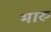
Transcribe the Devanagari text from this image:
भारु